Problem: 7 × 3 = ?
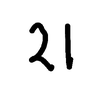
Handwritten answer: 21